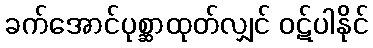
ခက်အောင်ပုစ္ဆာထုတ်လျှင် ဝဋ်ပါနိုင်